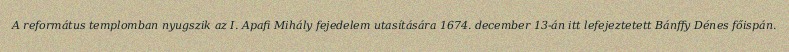
A református templomban nyugszik az I. Apafi Mihály fejedelem utasítására 1674. december 13-án itt lefejeztetett Bánffy Dénes főispán.